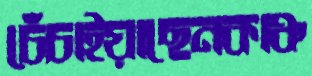
চেঁচাইয়াছেনকাঞ্চ